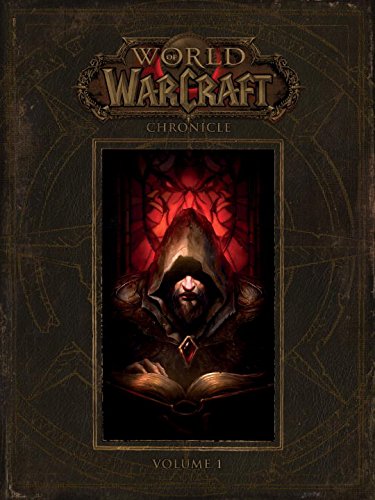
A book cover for World of Warcraft: Chronicle Volume 1; BLIZZARD ENTERTAINMENT; Comics & Graphic Novels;